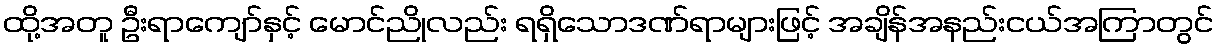
ထို့အတူ ဦးရာကျော်နှင့် မောင်ညိုလည်း ရရှိသောဒဏ်ရာများဖြင့် အချိန်အနည်းငယ်အကြာတွင်